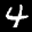
Label: 4